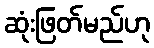
ဆုံးဖြတ်မည်ဟု